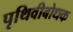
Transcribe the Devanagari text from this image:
पृथिवीबोधक